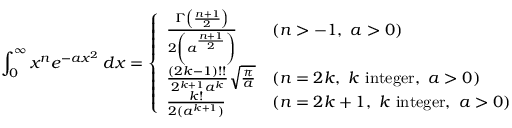
\int _ { 0 } ^ { \infty } x ^ { n } e ^ { - a x ^ { 2 } } \, d x = { \left\{ \begin{array} { l l } { { \frac { \Gamma \left( { \frac { n + 1 } { 2 } } \right) } { 2 \left( a ^ { \frac { n + 1 } { 2 } } \right) } } } & { ( n > - 1 , \ a > 0 ) } \\ { { \frac { ( 2 k - 1 ) ! ! } { 2 ^ { k + 1 } a ^ { k } } } { \sqrt { \frac { \pi } { a } } } } & { ( n = 2 k , \ k { \mathrm { ~ i n t e g e r } } , \ a > 0 ) } \\ { { \frac { k ! } { 2 ( a ^ { k + 1 } ) } } } & { ( n = 2 k + 1 , \ k { \mathrm { ~ i n t e g e r } } , \ a > 0 ) } \end{array} \right. }